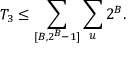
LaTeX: T _ { 3 } \leq \sum _ { [ B , 2 ^ { B } - 1 ] } \sum _ { u } 2 ^ { B } .